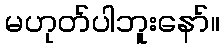
မဟုတ်ပါဘူးနော်။